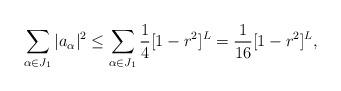
LaTeX: \begin{align*}\sum_{\alpha\in J_1}|a_{\alpha}|^2\leq \sum_{\alpha\in J_1}\frac{1}{4} [1-r^2]^{L}=\frac{1}{16}[1-r^2]^{L},\end{align*}